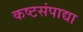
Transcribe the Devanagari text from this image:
कष्टसंपाद्या